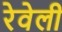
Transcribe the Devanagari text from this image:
रेवेली